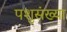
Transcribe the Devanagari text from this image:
पशुसंख्या